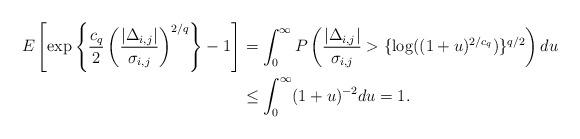
LaTeX: \begin{align*}E\left[\exp\left\{\frac{c_q}{2}\left(\frac{|\Delta_{i,j}|}{\sigma_{i,j}}\right)^{2/q}\right\}-1\right]&=\int_0^\infty P\left(\frac{|\Delta_{i,j}|}{\sigma_{i,j}}>\{\log((1+u)^{2/c_q})\}^{q/2}\right)du\\&\leq\int_0^\infty(1+u)^{-2}du=1.\end{align*}